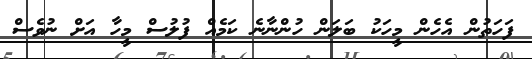
ފަހަތުން އެހެން މީހަކު ބަލަން ހުންނާނެ ކަމެއް ފުލުސް މީހާ އަށް ނުވެސް